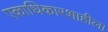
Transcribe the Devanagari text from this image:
एकाधिकारशाहीला